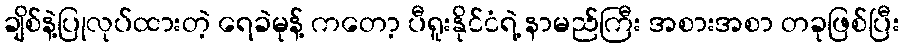
ချိစ်နဲ့ပြုလုပ်ထားတဲ့ ရေခဲမုန့် ကတော့ ပီရူးနိုင်ငံရဲ့ နာမည်ကြီး အစားအစာ တခုဖြစ်ပြီး